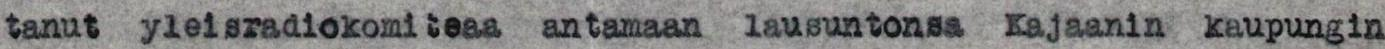
tanut yleisradiokomiteaa antamaan lausuntonsa Kajaanin kaupungin